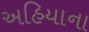
અહિયાના